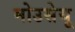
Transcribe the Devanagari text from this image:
मोउसेयू